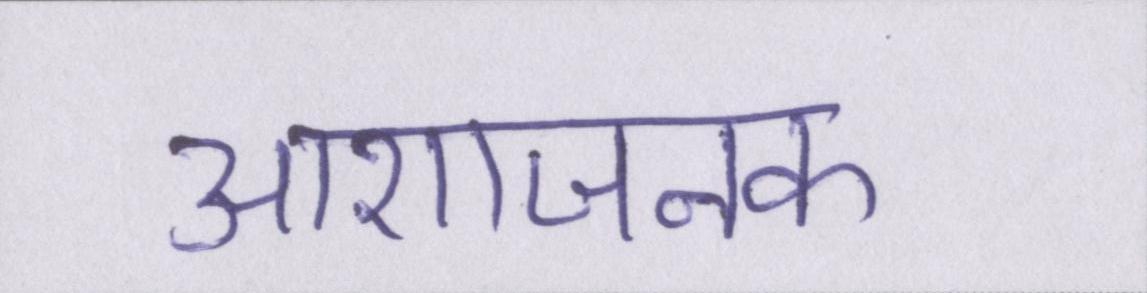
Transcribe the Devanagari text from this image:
आशाजनक